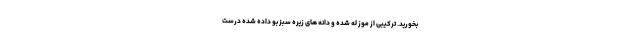
بخورید. ترکیبی از موز له شده و دانه های زیره سبز بو داده شده درست